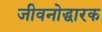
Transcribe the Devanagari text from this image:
जीवनोद्धारक